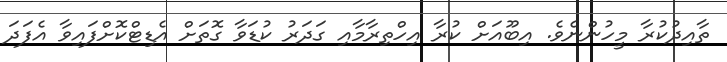
ތާއިދުކުރާ މީހުންނެވެ. އިބޫއަށް ކުރާ އިހްތިރާމާއި ގަދަރު ކުޑަވާ ގޮތަށް އެޑިޓްކޮށްފައިވާ އެފަދަ